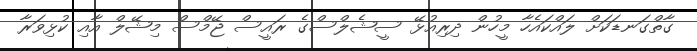
ގާތްގަނޑަކަށް ލައްކައެހާ މީހުން ދިރިއުޅޭ ސީޝެލްސްގެ ރައީސް ޖޭމްސް މިޝޭލް އާއި ކުޅިވަރާ